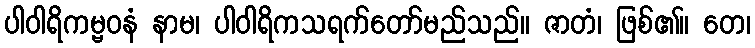
ပါဝါရိကမ္ဗဝနံ နာမ၊ ပါဝါရိကသရက်တော်မည်သည်။ ဇာတံ၊ ဖြစ်၏။ တေ၊